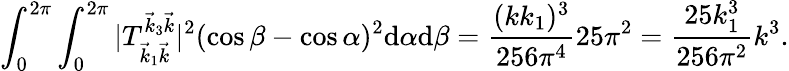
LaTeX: \int_{0}^{2\pi}\int_{0}^{2\pi}|T_{\vec{k}_{1}\vec{k}}^{\vec{k}_{3}\vec{k}}|^{2}(\cos\beta-\cos\alpha)^{2}\mathrm d\alpha\mathrm d\beta=\frac{(kk_{1})^{3}}{256\pi^{4}}25\pi^{2}=\frac{25k_{1}^{3}}{256\pi^{2}}k^{3}.